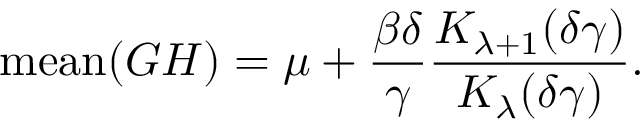
\mathrm { m e a n } ( \cal G H ) = \mu + \frac { \beta \delta } { \gamma } \frac { K _ { \lambda + 1 } ( \delta \gamma ) } { K _ { \lambda } ( \delta \gamma ) } .